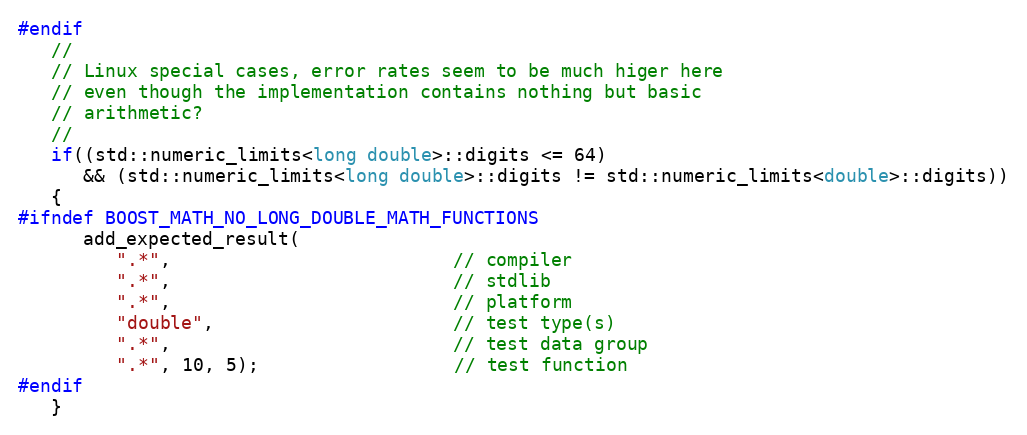
Language: C++
#endif
   //
   // Linux special cases, error rates seem to be much higer here
   // even though the implementation contains nothing but basic
   // arithmetic?
   //
   if((std::numeric_limits<long double>::digits <= 64)
      && (std::numeric_limits<long double>::digits != std::numeric_limits<double>::digits))
   {
#ifndef BOOST_MATH_NO_LONG_DOUBLE_MATH_FUNCTIONS
      add_expected_result(
         ".*",                          // compiler
         ".*",                          // stdlib
         ".*",                          // platform
         "double",                      // test type(s)
         ".*",                          // test data group
         ".*", 10, 5);                  // test function
#endif
   }